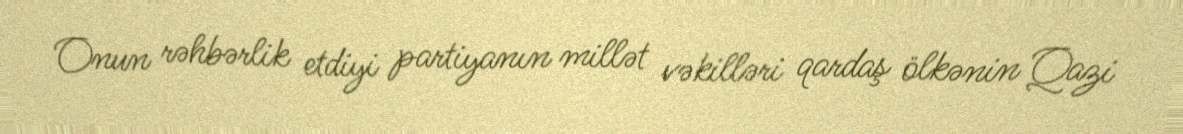
Onun rəhbərlik etdiyi partiyanın millət vəkilləri qardaş ölkənin Qazi